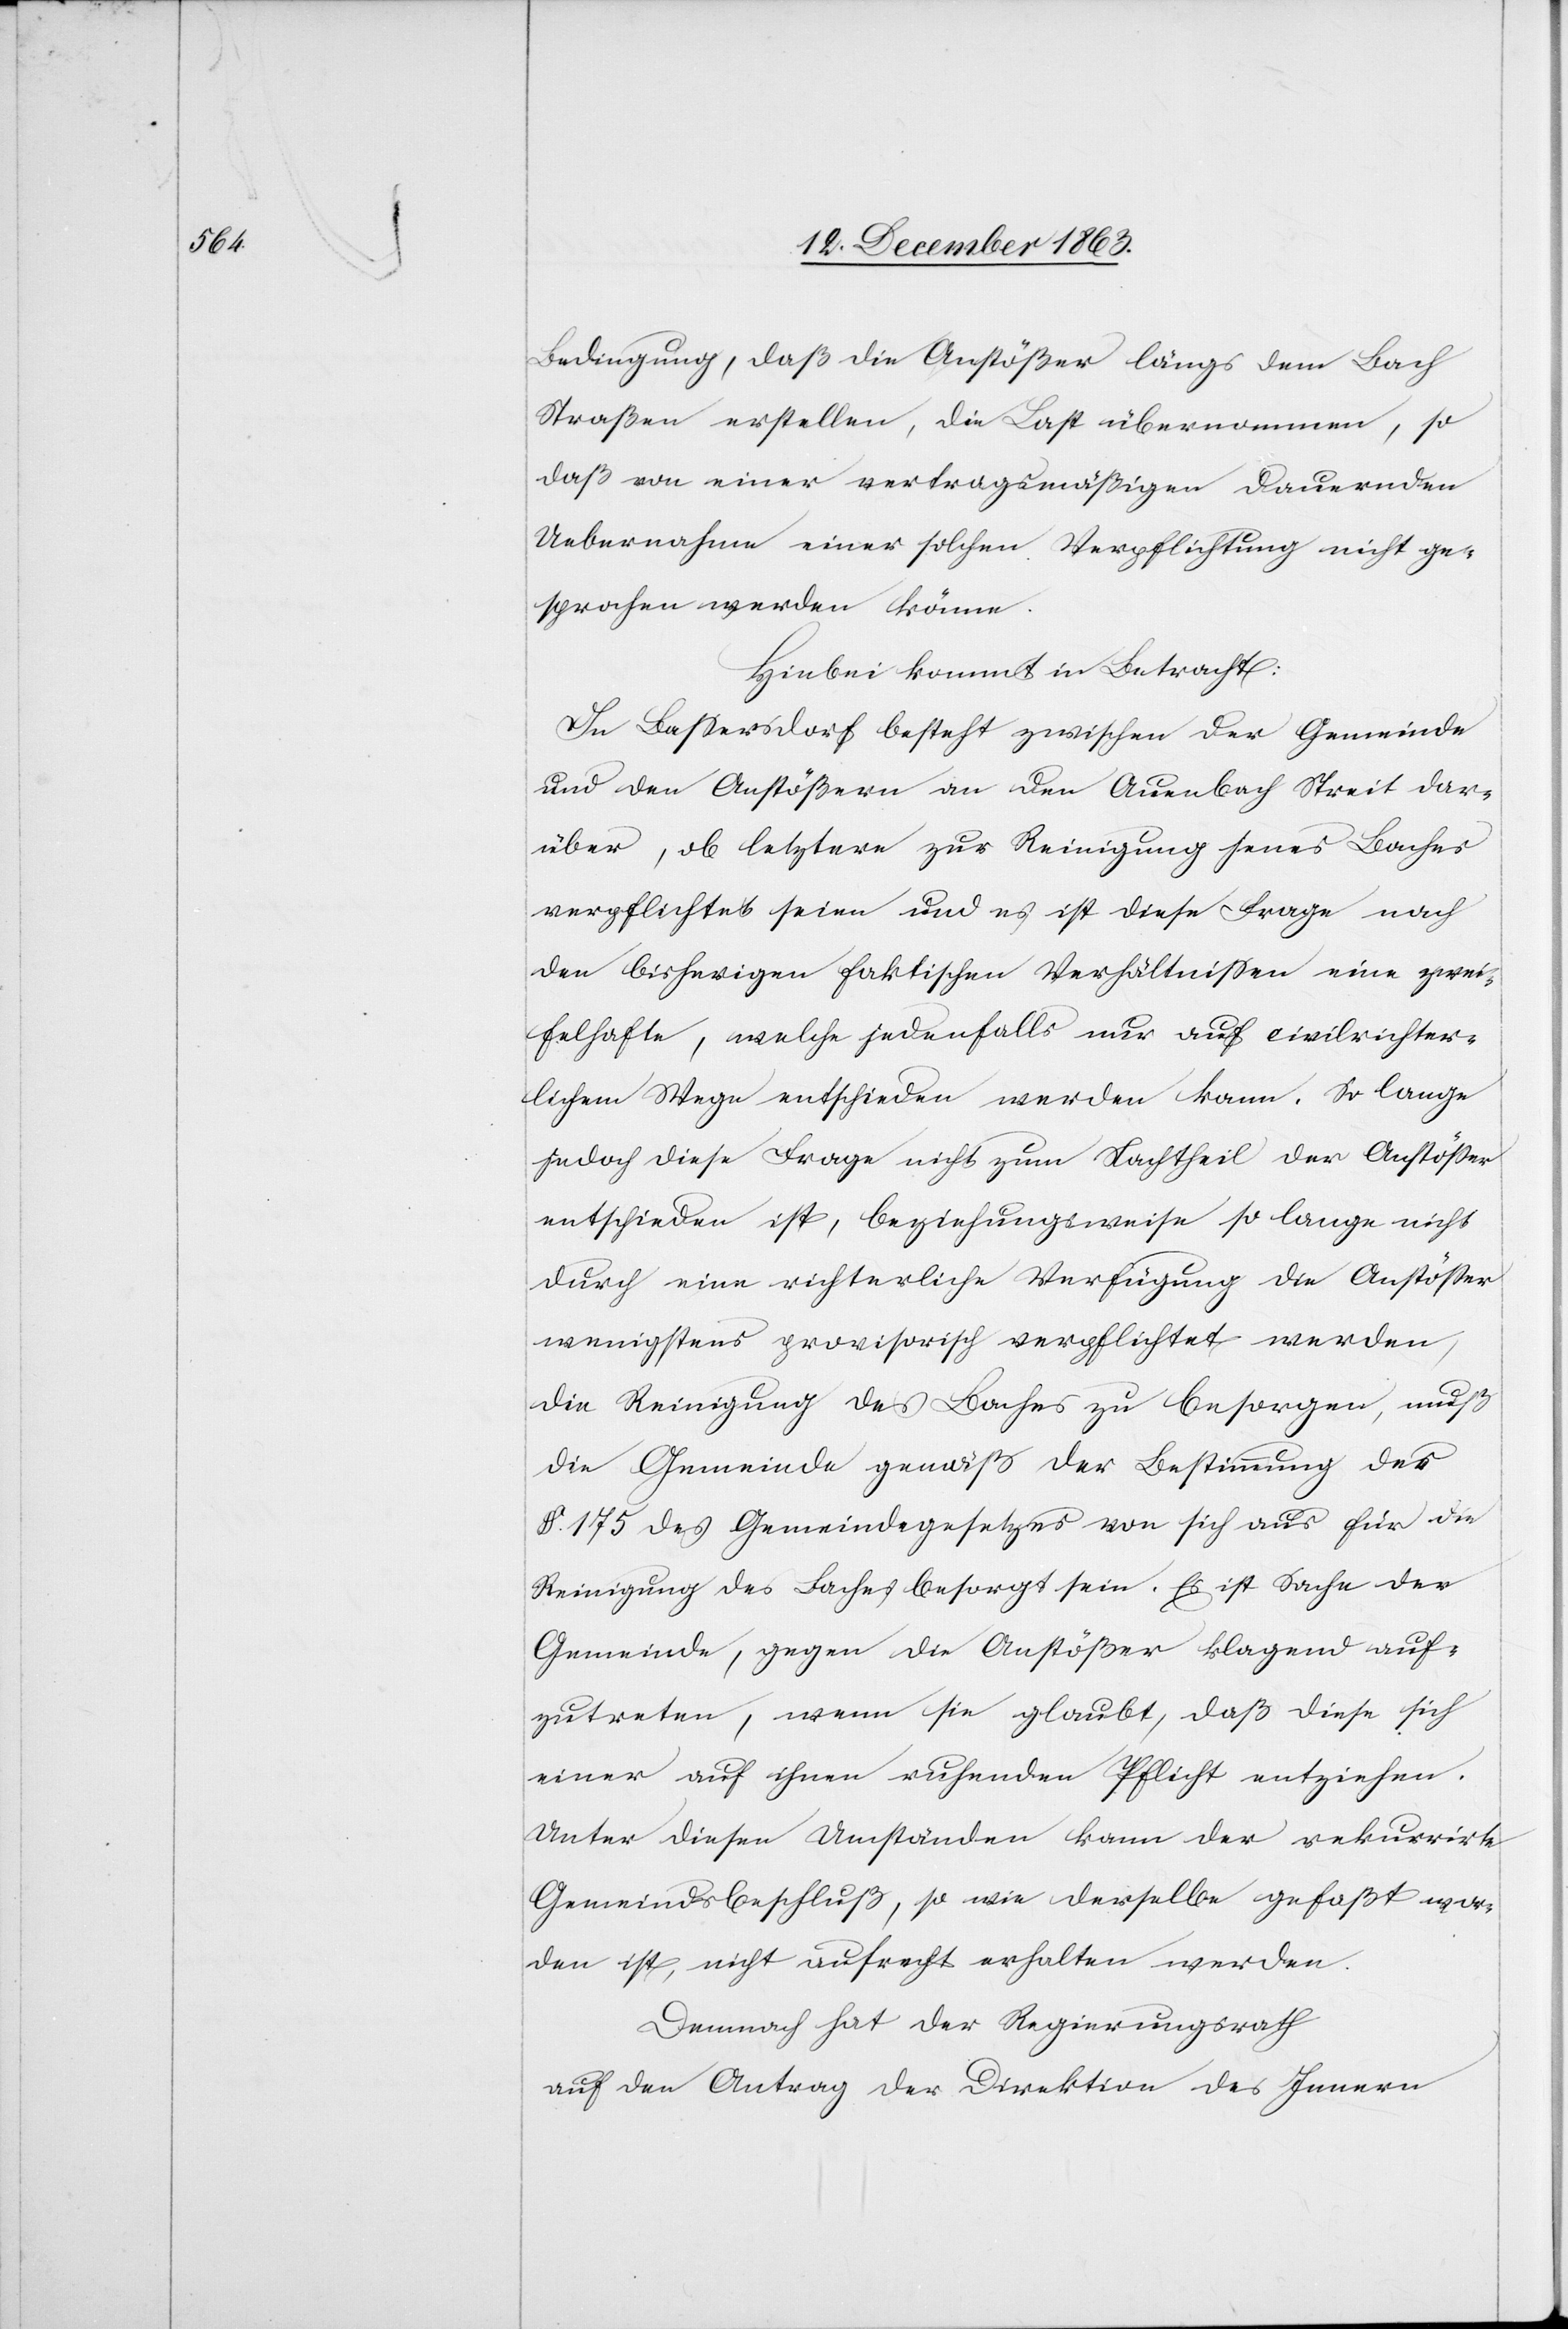
Bedingung, daß die Anstößer längs dem Bach
so
Straßen erstellen, die Last übernommen,
daß von einer vertragsmäßigen dauernden
Uebernahme einer solchen Verpflichtung nicht ge¬
sprochen werden könne.
Hiebei kommt in Betracht:
In Bassersdorf besteht zwischen der Gemeinde
und den Anstößern an den Auenbach Streit dar¬
über, ob letztere zur Reinigung jenes Baches
verpflichtet seien und es ist diese Frage nach
den bisherigen faktischen Verhältnissen eine zwei¬
felhafte, welche jedenfalls nur auf civilrichter¬
lichem Wege entschieden werden kann. So lange
jedoch diese Frage nicht zum Nachtheil der Anstösser
entschieden ist, beziehungsweise so lange nicht
durch eine richterliche Verfügung die Anstösser
wenigstens provisorisch verpflichtet werden,
die Reinigung des Baches zu besorgen, muß
die Gemeinde gemäß der Bestimmung des
§. 175 des Gemeindegesetzes von sich aus für die
Reinigung des Baches besorgt sein. Es ist Sache der
Gemeinde, gegen die Anstößer klagend auf¬
zutreten, wenn sie glaubt, daß diese sich
einer auf ihnen ruhenden Pflicht entziehen.
Unter diesen Umständen kann der rekurrirte
Gemeindsbeschluß, so wie derselbe gefaßt wor¬
den ist, nicht aufrecht erhalten werden.
Demnach hat der Regierungsrath
auf den Antrag der Direktion des Innern